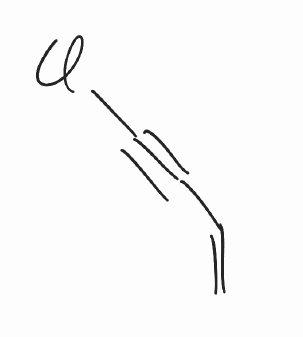
Simplified molecular-input line-entry system (SMILES) notation of the given molecule:
C=CC#CCl